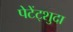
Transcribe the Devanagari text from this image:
पेटेंट्शुदा